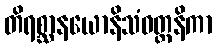
တိရစ္ဆာနယောနိသံဝတ္တနိကာ